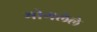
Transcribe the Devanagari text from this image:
भोगलेले